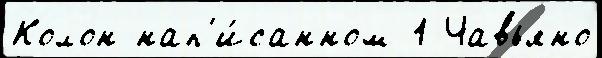
Колон нап'и́санном 1 Чавьяно